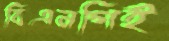
বিএনপিই